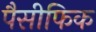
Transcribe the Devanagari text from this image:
पैसीफिक